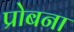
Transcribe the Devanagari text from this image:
प्रोबना